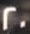
20